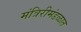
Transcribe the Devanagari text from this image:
मंत्रिरीमंडळात